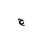
Letter: _gim